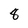
Character: 8